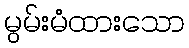
မွမ်းမံထားသော